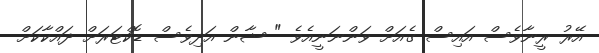
އޭރު ރީނާވެސް އައިސް ގެއަށް ވަންނަނީއެވެ " ޝާން އަދިވެސް ޑޮކްޓަރަށް ދައްކާކަށް